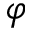
\varphi